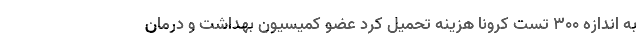
به اندازه ۳۰۰ تست کرونا هزینه تحمیل کرد عضو کمیسیون بهداشت و درمان